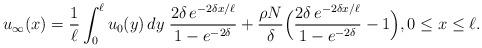
LaTeX: \begin{align*}u_\infty(x)=\frac{1}{\ell}\int_0^\ell u_0(y)\,dy\; \frac{2\delta\,e^{-2\delta x/\ell}}{1-e^{-2\delta}}+\frac{\rho N}{\delta} \Big(\frac{2\delta\,e^{-2\delta x/\ell}}{1-e^{-2\delta}}-1\Big),0\le x\le\ell. \end{align*}